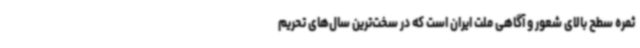
ثمره سطح بالای شعور و آگاهی ملت ایران است که در سخت‌ترین سال‌های تحریم